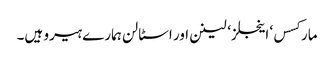
مارکسس‘ اینجلز ‘ لینن اور اسٹالن ہمارے ہیرو ہیں۔